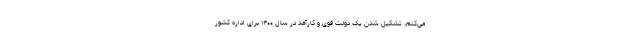
می‌کنم، تشکیل شدن یک دولت قوی و کارآمد در سال ۱۴۰۰ برای اداره کشور